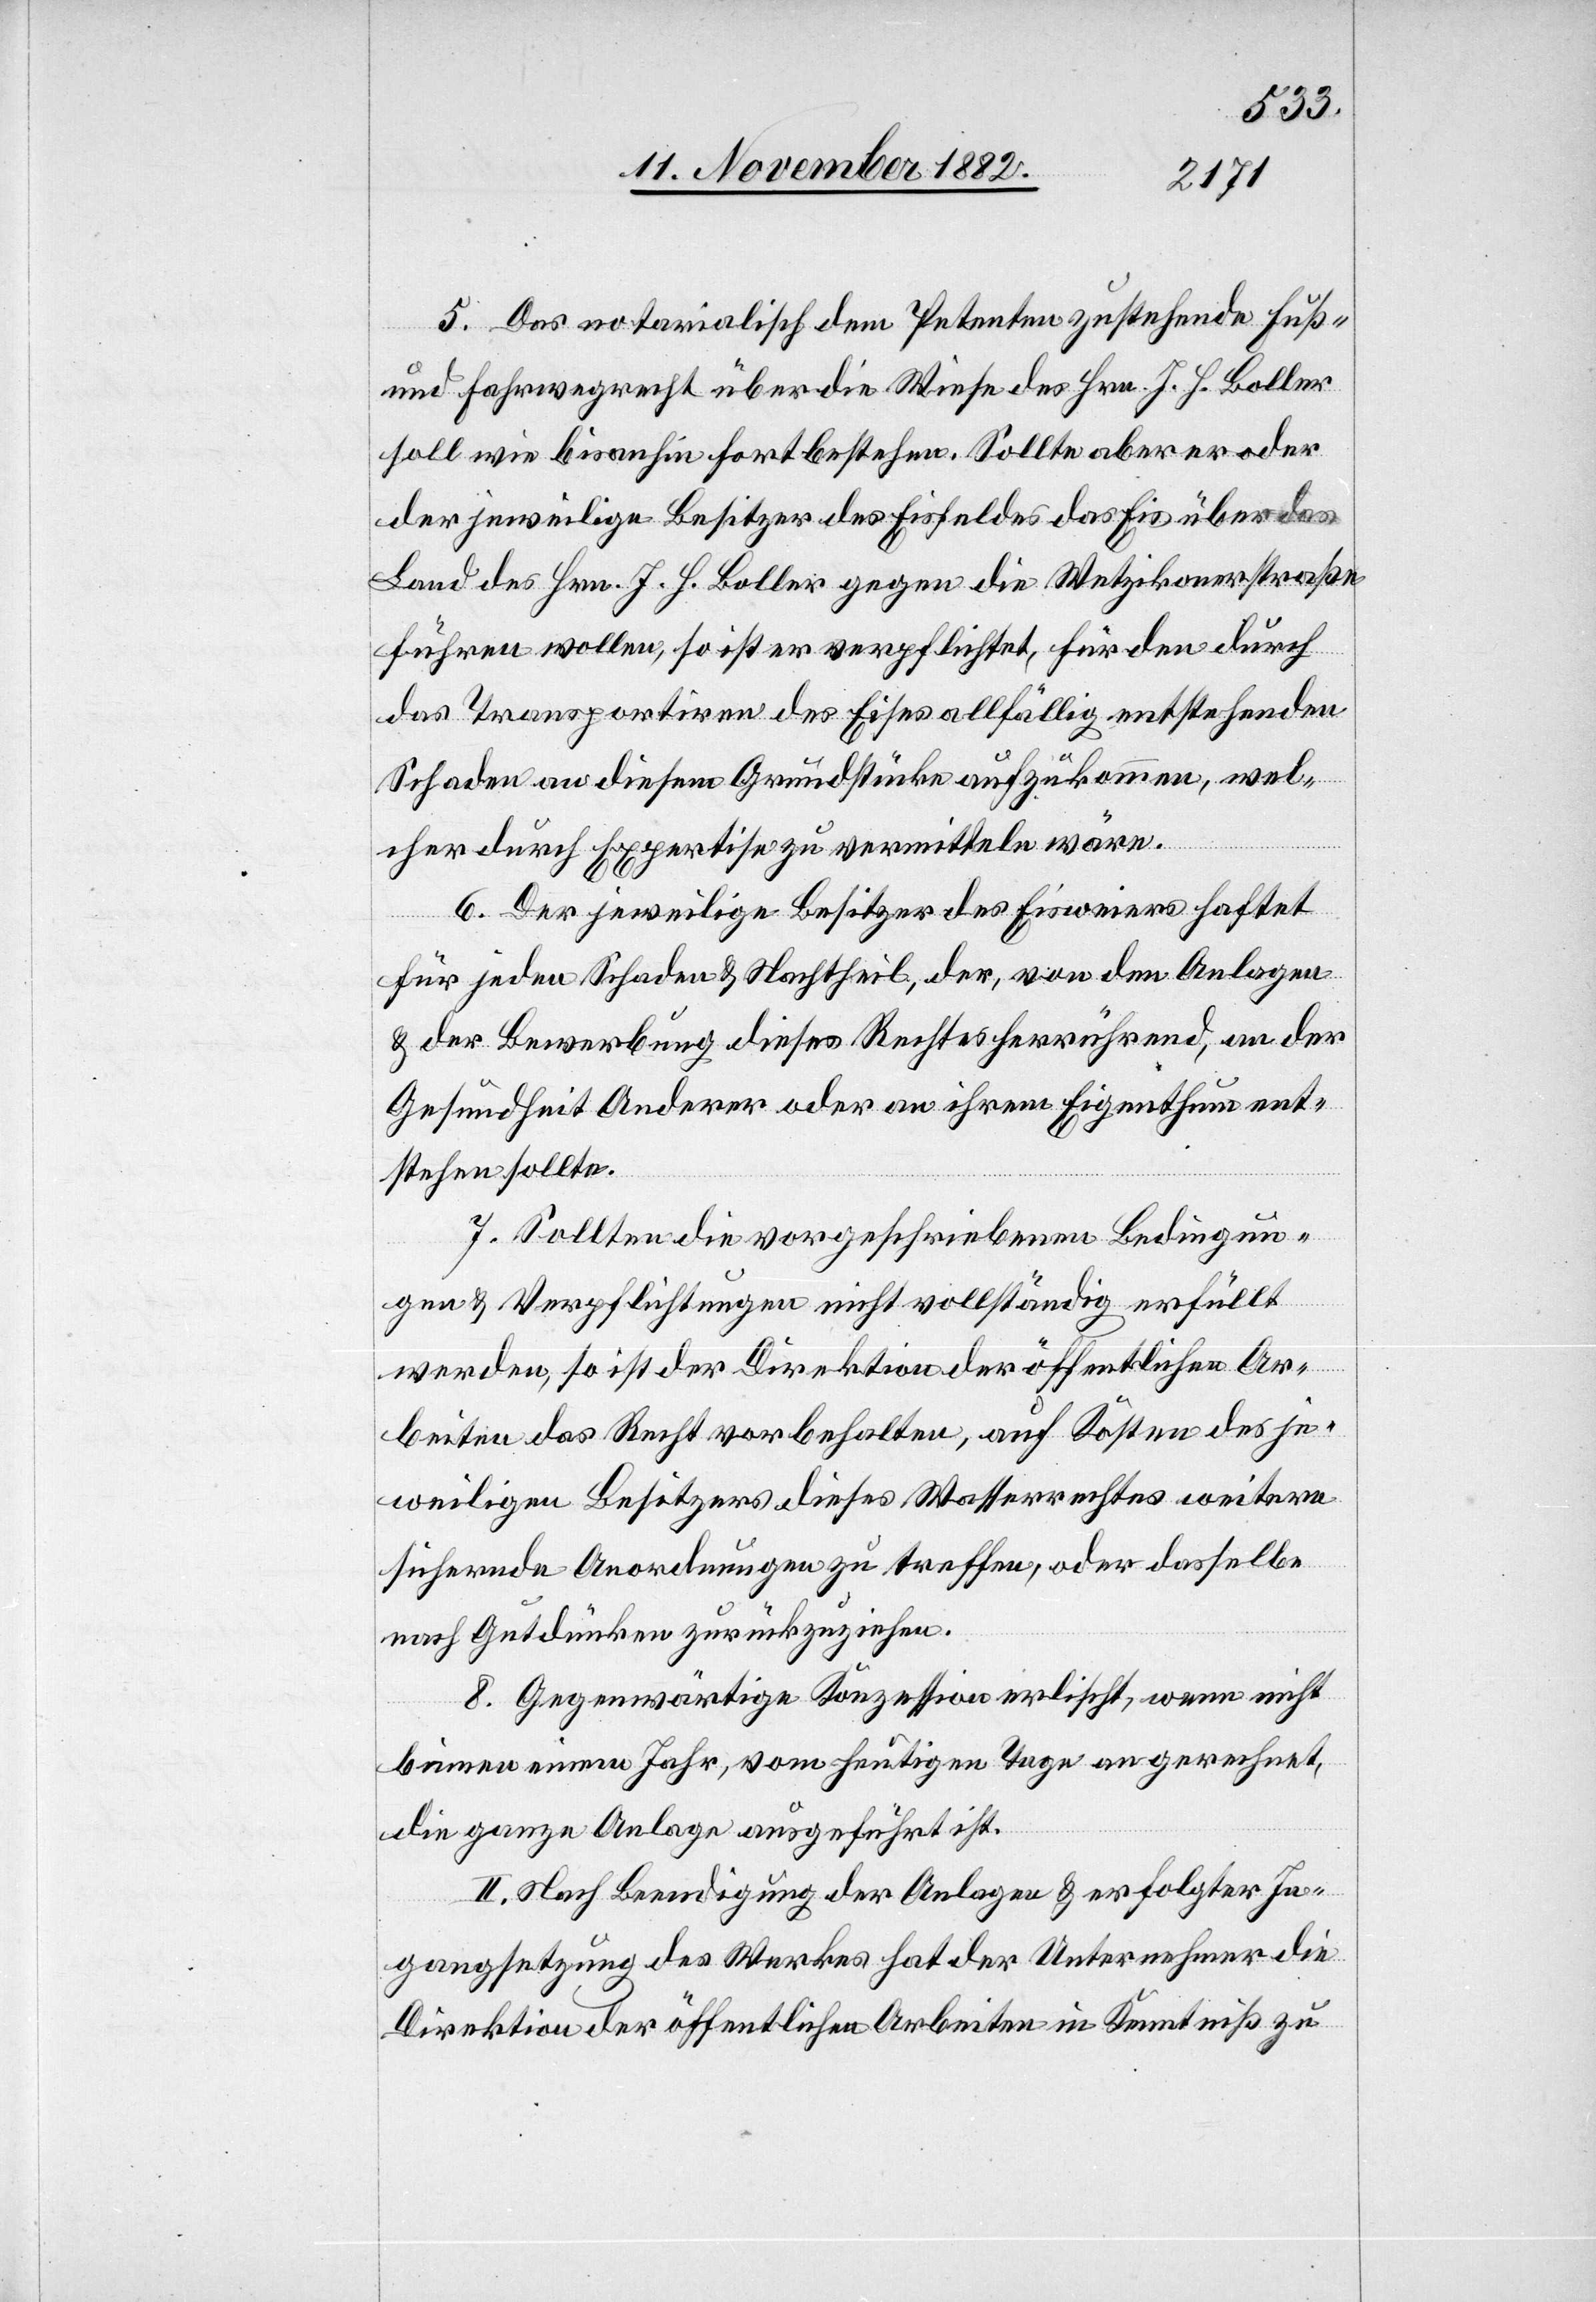
5. Das notarialisch dem Petenten zustehende Fuß-
und Fahrwegrecht über die Weise des Hrn. J. H. Boller
soll wie bisanhin fortbestehen. Sollte aber er oder
der jeweilige Besitzer des Eisfeldes das Eis über das
Land des Hrn. J. H. Boller gegen die Wetzikonerstraße
führen wollen, so ist er verpflichtet, für den durch
das Transportiren des Eises allfällig entstehenden
Schaden an diesem Grundstücke aufzukommen, wel¬
cher durch Expertise zu vermitteln wäre.
6. Der jeweilige Besitzer des Eisweiers haftet
für jeden Schaden & Nachtheil, der, von den Anlagen
& der Bewerbung dieses Rechtes herrührend, an der
Gesundheit Anderer oder an ihrem Eigenthum ent¬
stehen sollte.
7. Sollten die vorgeschriebenen Bedingun¬
gen & Verpflichtungen nicht vollständig erfüllt
werde, so ist der Direktion der öffentlichen Ar¬
beiten das Recht vorbehalten, auf Kosten des je¬
weiligen Besitzers diese Wasserrechtes weitere
sichernde Anordnungen zu treffen, oder dasselbe
nach Gutdünken zurückzuziehen.
8. Gegenwärtige Konzession erlischt, wenn nicht
binnen einem Jahr, vom heutigen Tage an gerechnet,
die ganze Anlage ausgeführt ist.
II. Nach Beendigung der Anlage & erfolgter In¬
gangsetzung des Werkes hat der Unternehmer die
Direktion der öffentlichen Arbeiten in Kenntniß zu